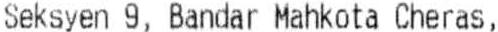
SEKSYEN 9, BANDAR MAHKOTA CHERAS,